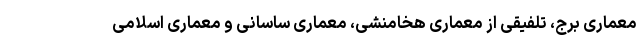
معماری برج، تلفیقی از معماری هخامنشی، معماری ساسانی و معماری اسلامی